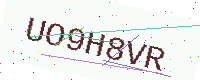
Text: UO9H8VR